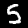
Digit: 5